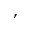
,